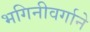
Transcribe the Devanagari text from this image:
भगिनीवर्गाने